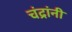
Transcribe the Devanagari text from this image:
चंद्रांनी